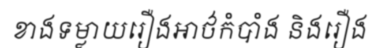
ខាងទម្លាយរឿងអាថ៌កំបាំង និងរឿង